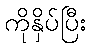
ကိုနှိပ်ပြီး